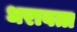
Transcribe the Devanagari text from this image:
धरावता